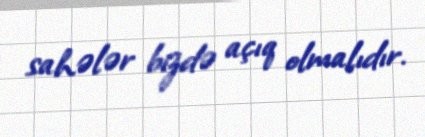
sahələr bizdə açıq olmalıdır.